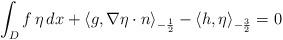
LaTeX: \begin{align*}\int_D f \, \eta \, dx + \langle g,\nabla \eta \cdot {n}\rangle_{-\frac12} - \langle h,\eta\rangle_{-\frac32} = 0\end{align*}